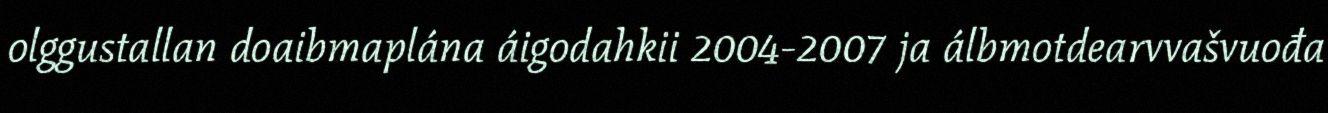
olggustallan doaibmaplána áigodahkii 2004-2007 ja álbmotdearvvašvuođa